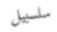
سلسبيل